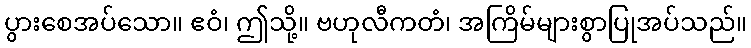
ပွားစေအပ်သော။ ဧဝံ၊ ဤသို့။ ဗဟုလီကတံ၊ အကြိမ်များစွာပြုအပ်သည်။